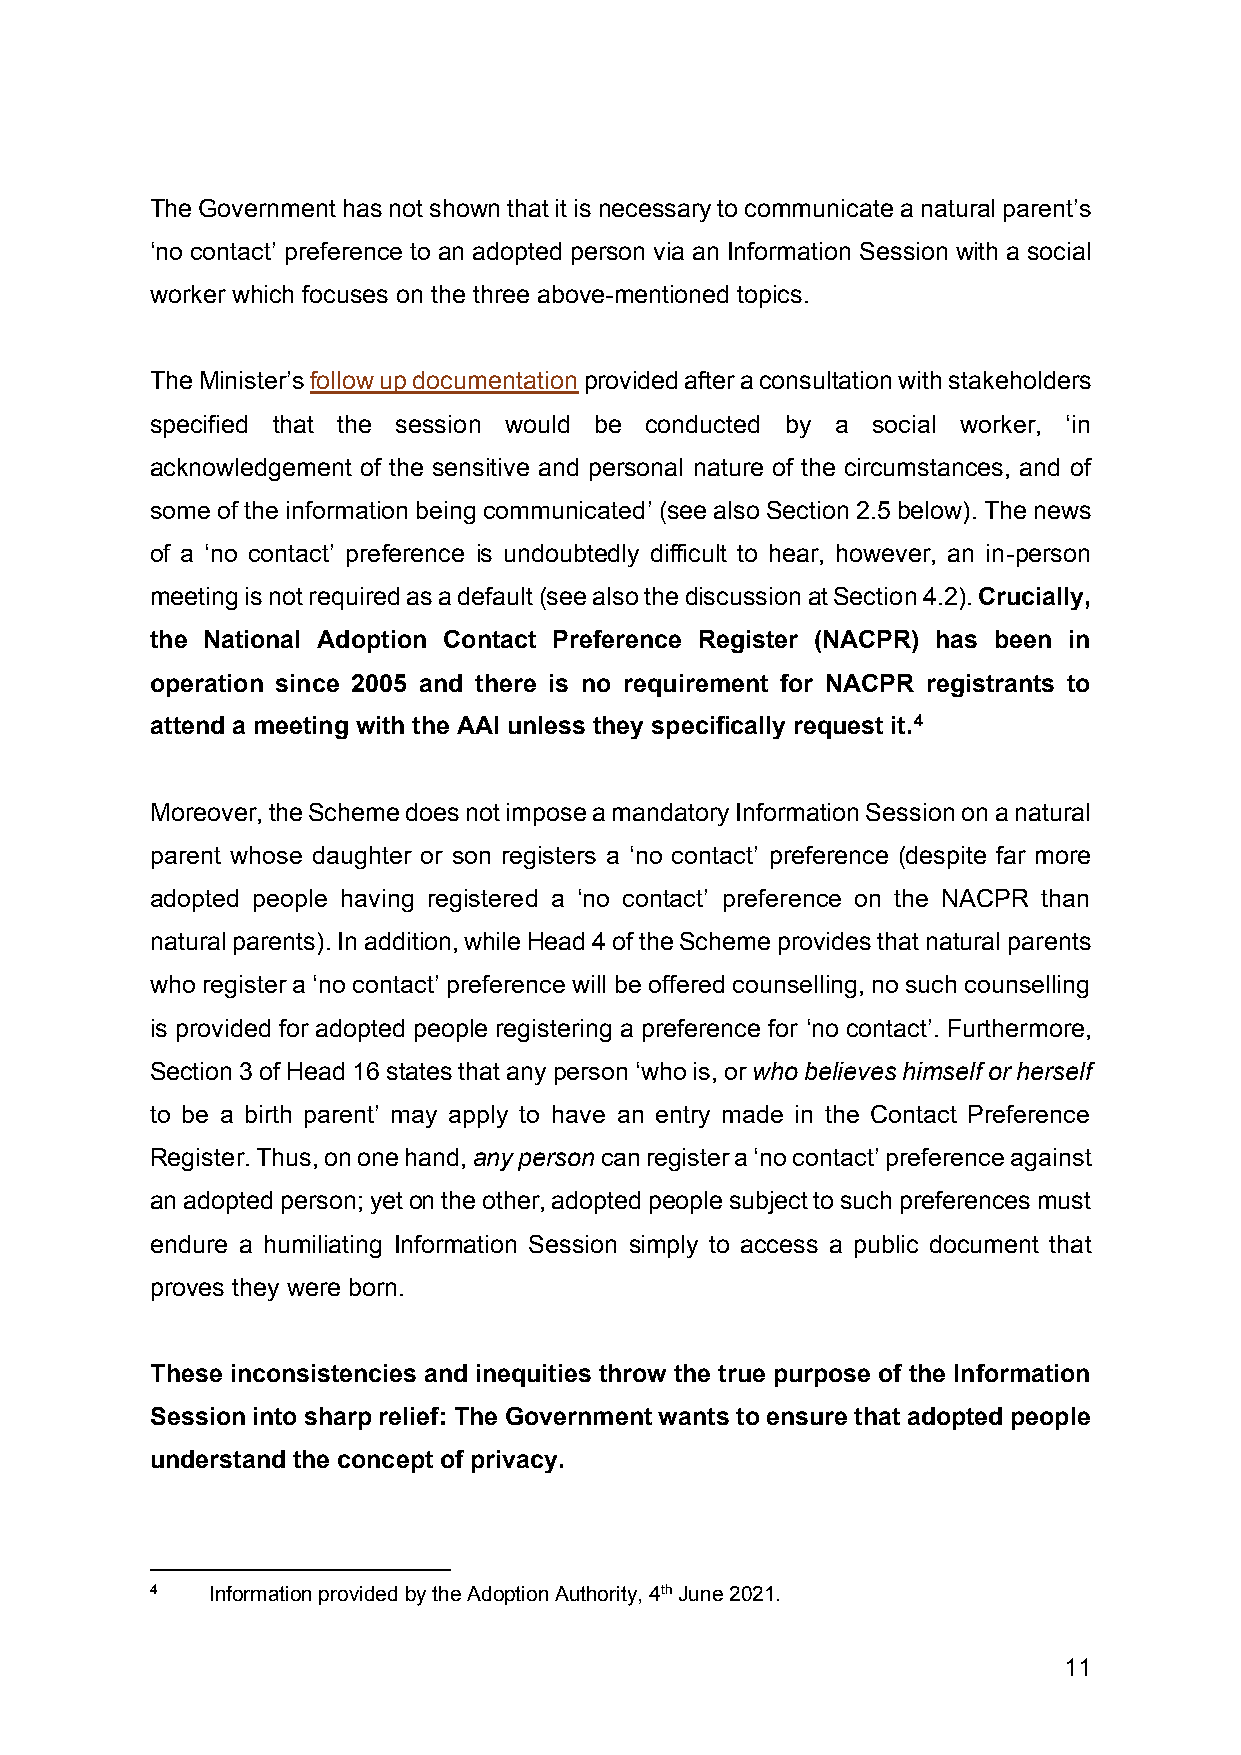
The Government has not shown that it is necessary to communicate a natural parent’s
 ‘no contact’ preference to an adopted person via an Information Session with a social
 worker which focuses on the three above-mentioned topics.
 The Minister’s follow up documentation provided after a consultation with stakeholders
 specified that the session would be conducted by a social worker, ‘in
 acknowledgement of the sensitive and personal nature of the circumstances, and of
 some of the information being communicated’ (see also Section 2.5 below). The news
 of a ‘no contact’ preference is undoubtedly difficult to hear, however, an in-person
 meeting is not required as a default (see also the discussion at Section 4.2). Crucially,
 the National Adoption Contact Preference Register (NACPR) has been in
 operation since 2005 and there is no requirement for NACPR registrants to
 attend a meeting with the AAI unless they specifically request it.4
 Moreover, the Scheme does not impose a mandatory Information Session on a natural
 parent whose daughter or son registers a ‘no contact’ preference (despite far more
 adopted people having registered a ‘no contact’ preference on the NACPR than
 natural parents). In addition, while Head 4 of the Scheme provides that natural parents
 who register a ‘no contact’ preference will be offered counselling, no such counselling
 is provided for adopted people registering a preference for ‘no contact’. Furthermore,
 Section 3 of Head 16 states that any person ‘who is, or who believes himself or herself
 to be a birth parent’ may apply to have an entry made in the Contact Preference
 Register. Thus, on one hand, any person can register a ‘no contact’ preference against
 an adopted person; yet on the other, adopted people subject to such preferences must
 endure a humiliating Information Session simply to access a public document that
 proves they were born.
 These inconsistencies and inequities throw the true purpose of the Information
 Session into sharp relief: The Government wants to ensure that adopted people
 understand the concept of privacy.
 4   Information provided by the Adoption Authority, 4th June 2021.
 11